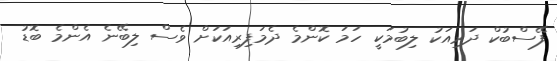
ފޭސްބުކް ދަރިއަކު ލިބުމަކީ ހަމަ ކޮންމެ ދެމަފިރިއަކަށް ވެސް ލިބޭނެ އެންމެ ބޮޑު